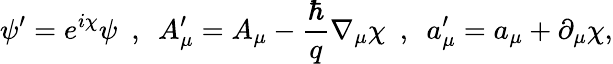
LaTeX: \psi^{\prime}=e^{i\chi}\psi\ \ ,\ \ A_{\mu}^{\prime}=A_{\mu}-\frac{\hbar}{q}\nabla_{\mu}\chi\ \ ,\ \ a_{\mu}^{\prime}=a_{\mu}+\partial_{\mu}\chi,